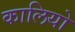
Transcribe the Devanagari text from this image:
कालियो